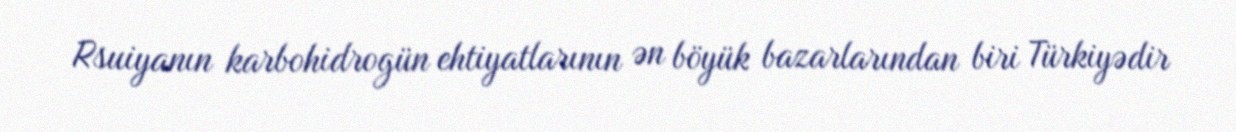
Rsuiyanın karbohidrogün ehtiyatlarının ən böyük bazarlarından biri Türkiyədir